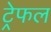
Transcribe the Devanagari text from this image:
ट्रेफल